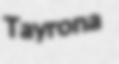
Tayrona